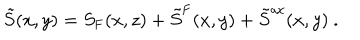
\tilde { S } ( x , y ) = S _ { \mathrm { F } } ( x , z ) + \tilde { S } ^ { \mathrm { F } } ( x , y ) + \tilde { S } ^ { \mathrm { a x } } ( x , y ) \ .